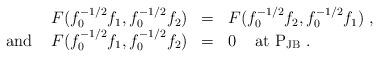
LaTeX: \begin{align*}\begin{array}{rll}F(f_{0}^{-1/2}f_{1},f_{0}^{-1/2}f_{2})&=&F(f_{0}^{-1/2}f_{2},f_{0}^{-1/2}f_{1})\;,\\\mbox{ and }\;\;\;F(f_{0}^{-1/2}f_{1},f_{0}^{-1/2}f_{2})&=&0\;\;\;\mbox{ at }{\rm P}_{\rm JB}\;.\end{array}\end{align*}